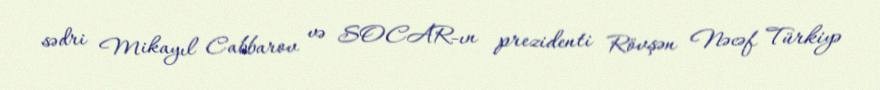
sədri Mikayıl Cabbarov və SOCAR-ın prezidenti Rövşən Nəcəf Türkiyə